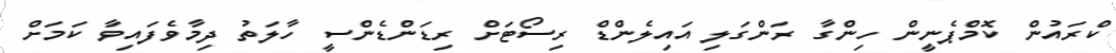
ކްރައުން ކޮމްޕެނީން ހިންގާ ރަންގަލި އައިލެންޑް ރިސޯޓަށް ރިޑަންޑެންސީ ހާލަތު ދިމާވެފައިވާ ކަމަށް